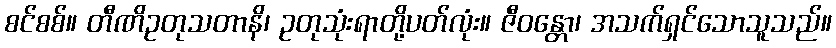
စင်စစ်။ တီဏိဥတုသတာနိ၊ ဥတုသုံးရာတို့ပတ်လုံး။ ဇီဝန္တော၊ အသက်ရှင်သောသူသည်။